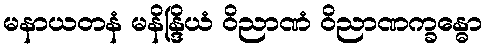
မနာယတနံ မနိန္ဒြိယံ ဝိညာဏံ ဝိညာဏက္ခန္ဓော